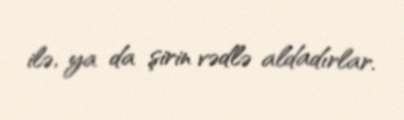
ilə, ya da şirin vədlə aldadırlar.